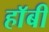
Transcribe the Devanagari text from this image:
हाॅबी